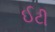
ઈટી